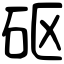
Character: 𥐰